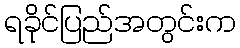
ရခိုင်ပြည်အတွင်းက